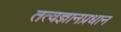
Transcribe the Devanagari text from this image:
तत्वज्ञानप्रधान